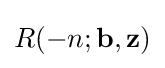
R(-n;\mathbf {b} ,\mathbf {z} )